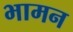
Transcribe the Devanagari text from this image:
भामन